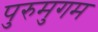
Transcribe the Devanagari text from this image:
पुरुमुगम